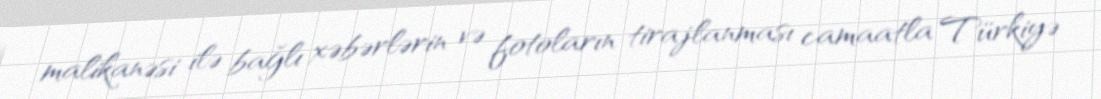
malikanəsi ilə bağlı xəbərlərin və fotoların tirajlanması camaatla Türkiyə